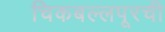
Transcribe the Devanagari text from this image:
चिकबल्लपूरची